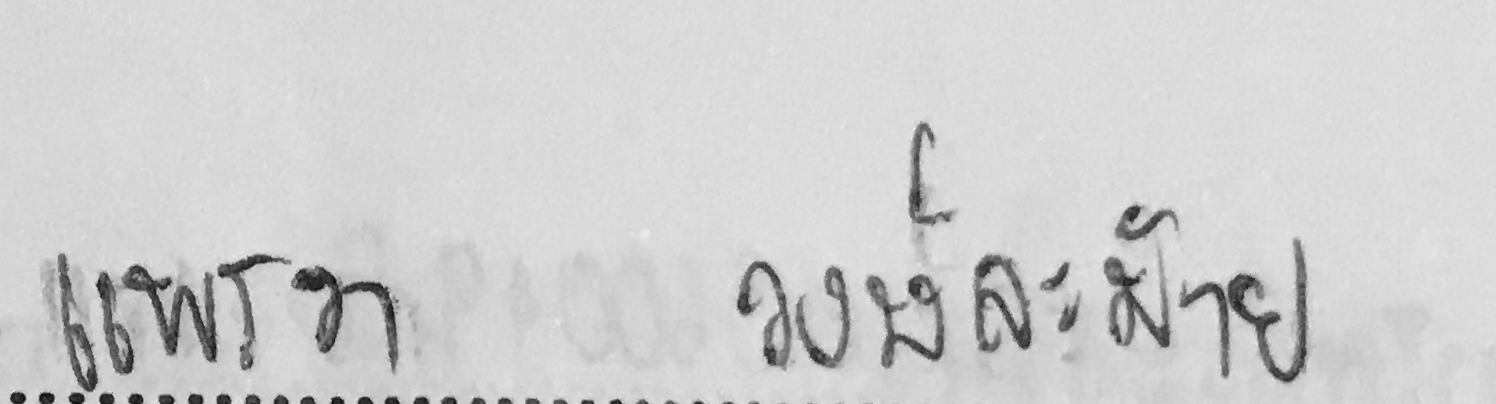
แพรวา วงษ์ละม้าย